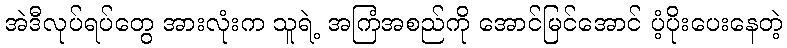
အဲဒီလုပ်ရပ်တွေ အားလုံးက သူရဲ့ အကြံအစည်ကို အောင်မြင်အောင် ပံ့ပိုးပေးနေတဲ့